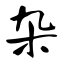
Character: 杂